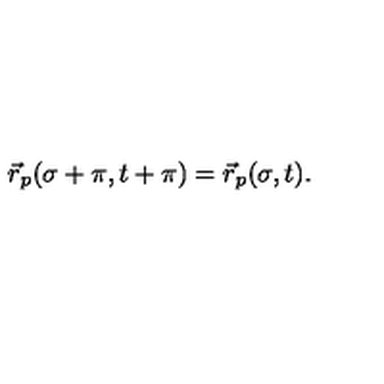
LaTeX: \vec { r } _ { p } ( \sigma + \pi , t + \pi ) = \vec { r } _ { p } ( \sigma , t ) .